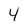
Character: 4